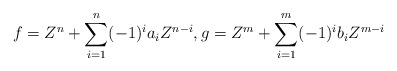
\begin{align*}f = Z^n + \sum_{i=1}^n (-1)^i a_i Z^{n-i}, g = Z^m + \sum_{i=1}^m (-1)^ib_i Z^{m-i}\end{align*}